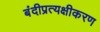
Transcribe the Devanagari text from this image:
बंदीप्रत्यक्षीकरण